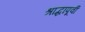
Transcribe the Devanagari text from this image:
श्राद्धापूर्वी